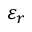
\varepsilon _ { r }